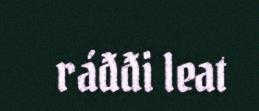
ráđđi leat